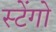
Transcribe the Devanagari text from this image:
स्टेंगो